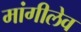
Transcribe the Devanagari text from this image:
मांगीलेव